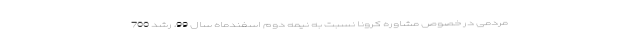
مردمی در خصوص مشاوره کرونا نسبت به نیمه دوم اسفندماه سال 99، رشد 700